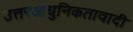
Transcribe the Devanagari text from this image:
उत्तरआधुनिकतावादी